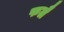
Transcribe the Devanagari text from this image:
फलै